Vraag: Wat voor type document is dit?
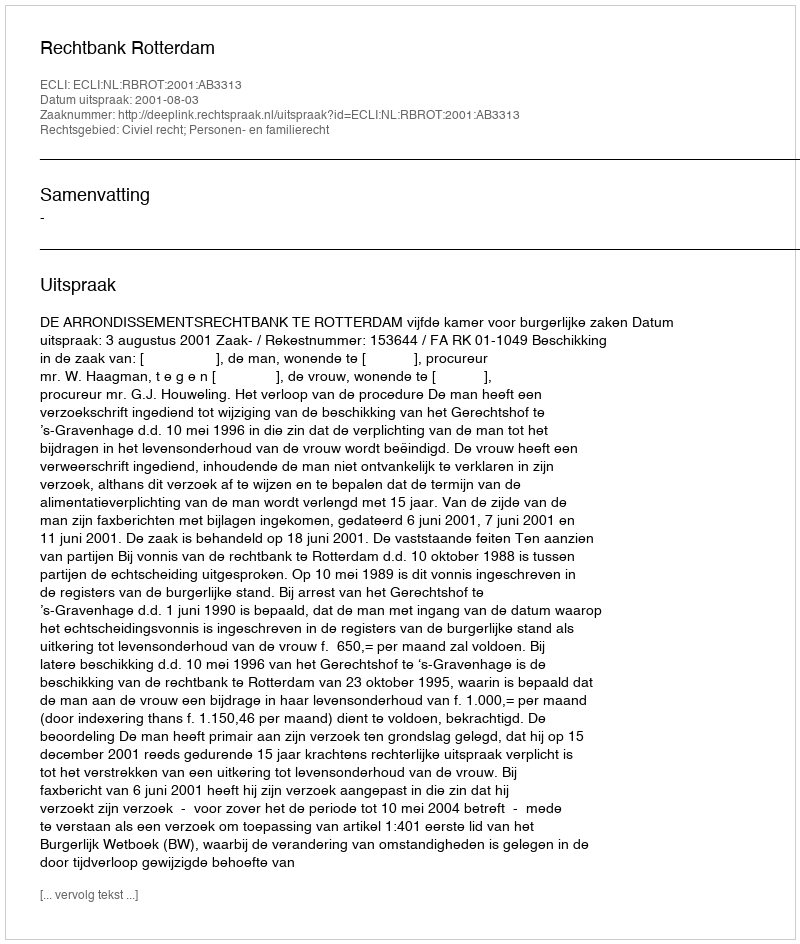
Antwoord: Uitspraak